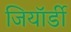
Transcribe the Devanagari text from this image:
जियॉर्डी